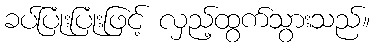
ခပ်ပြုံးပြုံးဖြင့် လှည့်ထွက်သွားသည်။